Annual report on the Civil Veterinary Department, Burma (including the Insein Veterinary School) - 1923-1931
Year: 1923
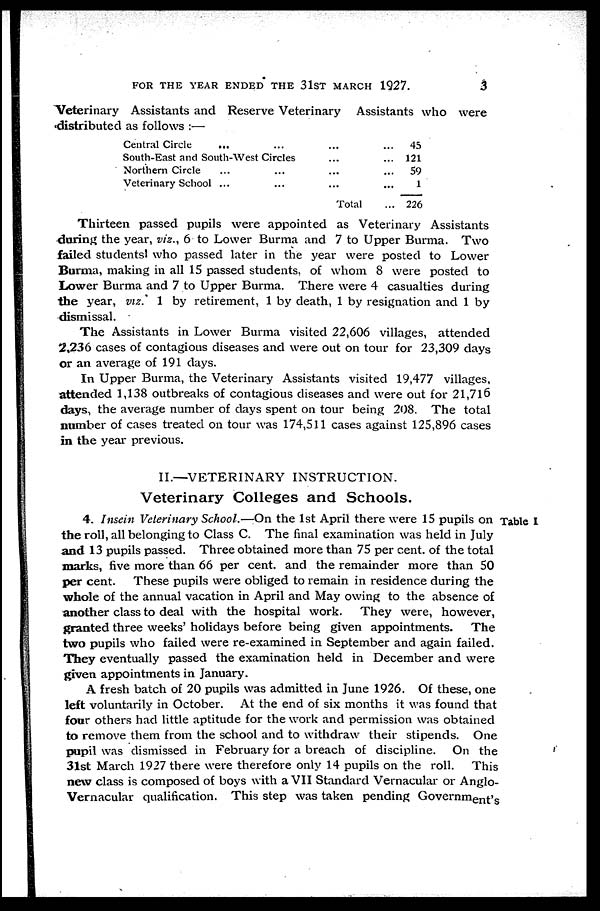
FOR THE YEAR ENDED THE 31ST MARCH 1927.
3
Veterinary Assistants and Reserve Veterinary Assistants who were
distributed as follows :—
Central Circle
... ...
South-East and South-West Circles
Northern Circle ... ...
Veterinary School ... ...
...
...
...
...
Total
...
45
... 121
...
59
... 1
... 226
Thirteen passed pupils were appointed as Veterinary Assistants
during the year, viz., 6 to Lower Burma and 7 to Upper Burma. Two
failed students who passed later in the year were posted to Lower
Burma, making in all 15 passed students, of whom 8 were posted to
Lower Burma and 7 to Upper Burma. There were 4 casualties during
the year, viz. 1 by retirement, 1 by death, 1 by resignation and 1 by
dismissal.
The Assistants in Lower Burma visited 22,606 villages, attended
2,236 cases of contagious diseases and were out on tour for 23,309 days
or an average of 191 days.
In Upper Burma, the Veterinary Assistants visited 19,477 villages,
attended 1,138 outbreaks of contagious diseases and were out for 21,716
days, the average number of days spent on tour being 208. The total
number of cases treated on tour was 174,511 cases against 125,896 cases
in the year previous.
II.—VETERINARY INSTRUCTION.
Veterinary Colleges and Schools.
Table I
4. Insein Veterinary School.—On the 1st April there were 15 pupils on
the roll, all belonging to Class C. The final examination was held in July
and 13 pupils passed. Three obtained more than 75 per cent. of the total
marks, five more than 66 per cent. and the remainder more than 50
per cent. These pupils were obliged to remain in residence during the
whole of the annual vacation in April and May owing to the absence of
another class to deal with the hospital work. They were, however,
granted three weeks' holidays before being given appointments.
The
two pupils who failed were re-examined in September and again failed.
They eventually passed the examination held in December and were
given appointments in January.
A fresh batch of 20 pupils was admitted in June 1926. Of these, one
left voluntarily in October. At the end of six months it was found that
four others had little aptitude for the work and permission was obtained
to remove them from the school and to withdraw their stipends. One
pupil was dismissed in February for a breach of discipline. On the
31st March 1927 there were therefore only 14 pupils on the roll. This
new class is composed of boys with a VII Standard Vernacular or Anglo-
Vernacular qualification. This step was taken pending Government's